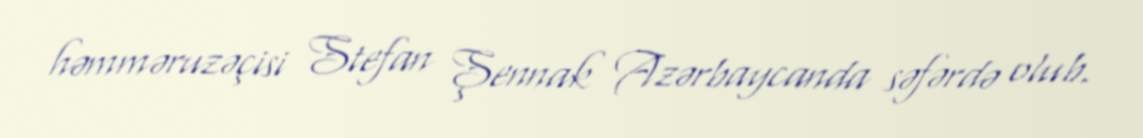
həmməruzəçisi Stefan Şennak Azərbaycanda səfərdə olub.